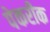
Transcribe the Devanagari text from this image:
पेकरीक